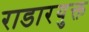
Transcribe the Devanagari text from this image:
राडारयुक्त